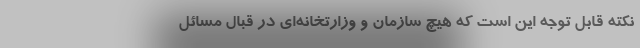
نکته قابل توجه این است که هیچ سازمان و وزارتخانه‌ای در قبال مسائل